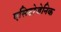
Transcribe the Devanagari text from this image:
एसिटोजेनिक